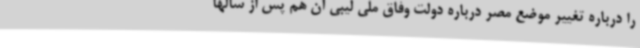
را درباره تغییر موضع مصر درباره دولت وفاق ملی لیبی آن هم پس از سالها